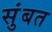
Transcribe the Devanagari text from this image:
सुंबत